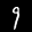
Label: 9